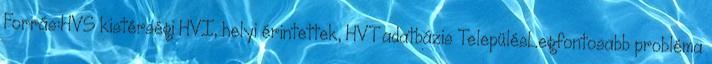
Forrás:HVS kistérségi HVI, helyi érintettek, HVT adatbázis TelepülésLegfontosabb probléma